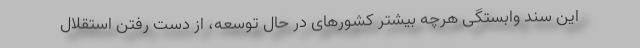
این سند وابستگی هرچه بیشتر کشورهای در حال توسعه، از دست رفتن استقلال